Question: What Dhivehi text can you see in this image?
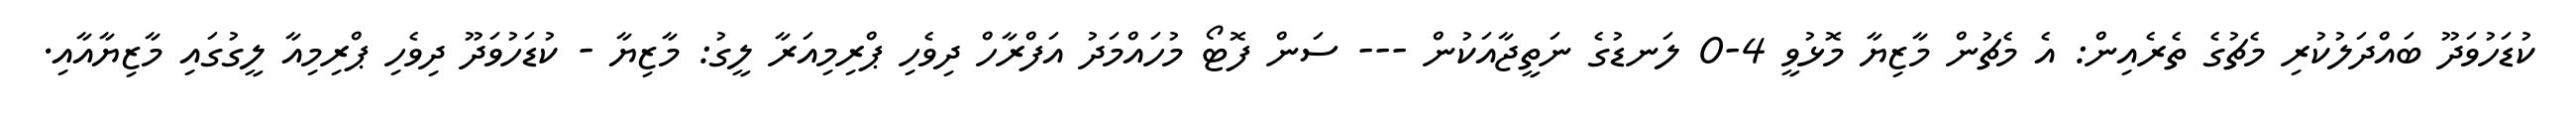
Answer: ކުޑަހުވަދޫ ބައްދަލުކުރި މެޗުގެ ތެރެއިން: އެ މެޗުން މާޒިޔާ މޮޅުވީ 4-0 ލަނޑުގެ ނަތީޖާއަކުން --- ސަން ފޮޓޯ މުހައްމަދު އަފްރާހް ދިވެހި ޕްރިމިއަރާ ލީގު: މާޒިޔާ - ކުޑަހުވަދޫ ދިވެހި ޕްރިމިއާ ލީގުގައި މާޒިޔާއާއި.